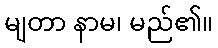
မျတာ နာမ၊ မည်၏။